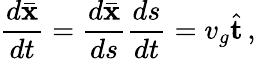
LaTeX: \frac{d\bar{\mathbf x}}{dt}=\frac{d\bar{\mathbf x}}{ds}\frac{ds}{dt}=v_{g}\hat{\mathbf t}\, ,